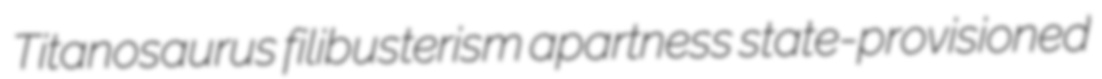
Titanosaurus filibusterism apartness state-provisioned